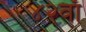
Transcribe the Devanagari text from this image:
४२वाँ